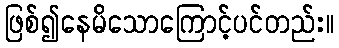
ဖြစ်၍နေမိသောကြောင့်ပင်တည်း။